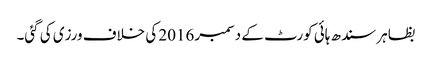
بظاہر سندھ ہائی کورٹ کے دسمبر 2016 کی خلاف ورزی کی گئی۔